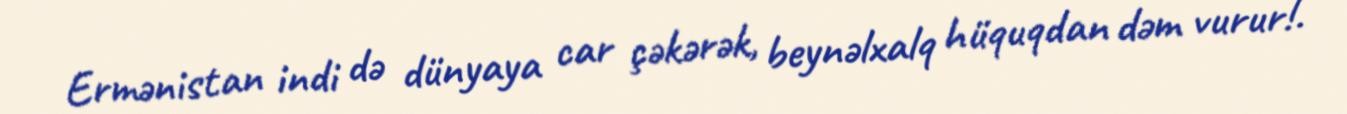
Ermənistan indi də dünyaya car çəkərək, beynəlxalq hüquqdan dəm vurur!.